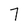
Character: 7